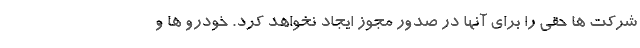
شرکت ها حقی را برای آنها در صدور مجوز ایجاد نخواهد کرد. خودرو ها و